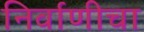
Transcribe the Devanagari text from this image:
निर्वाणीचा